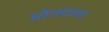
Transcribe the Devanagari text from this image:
प्रोत्साहना